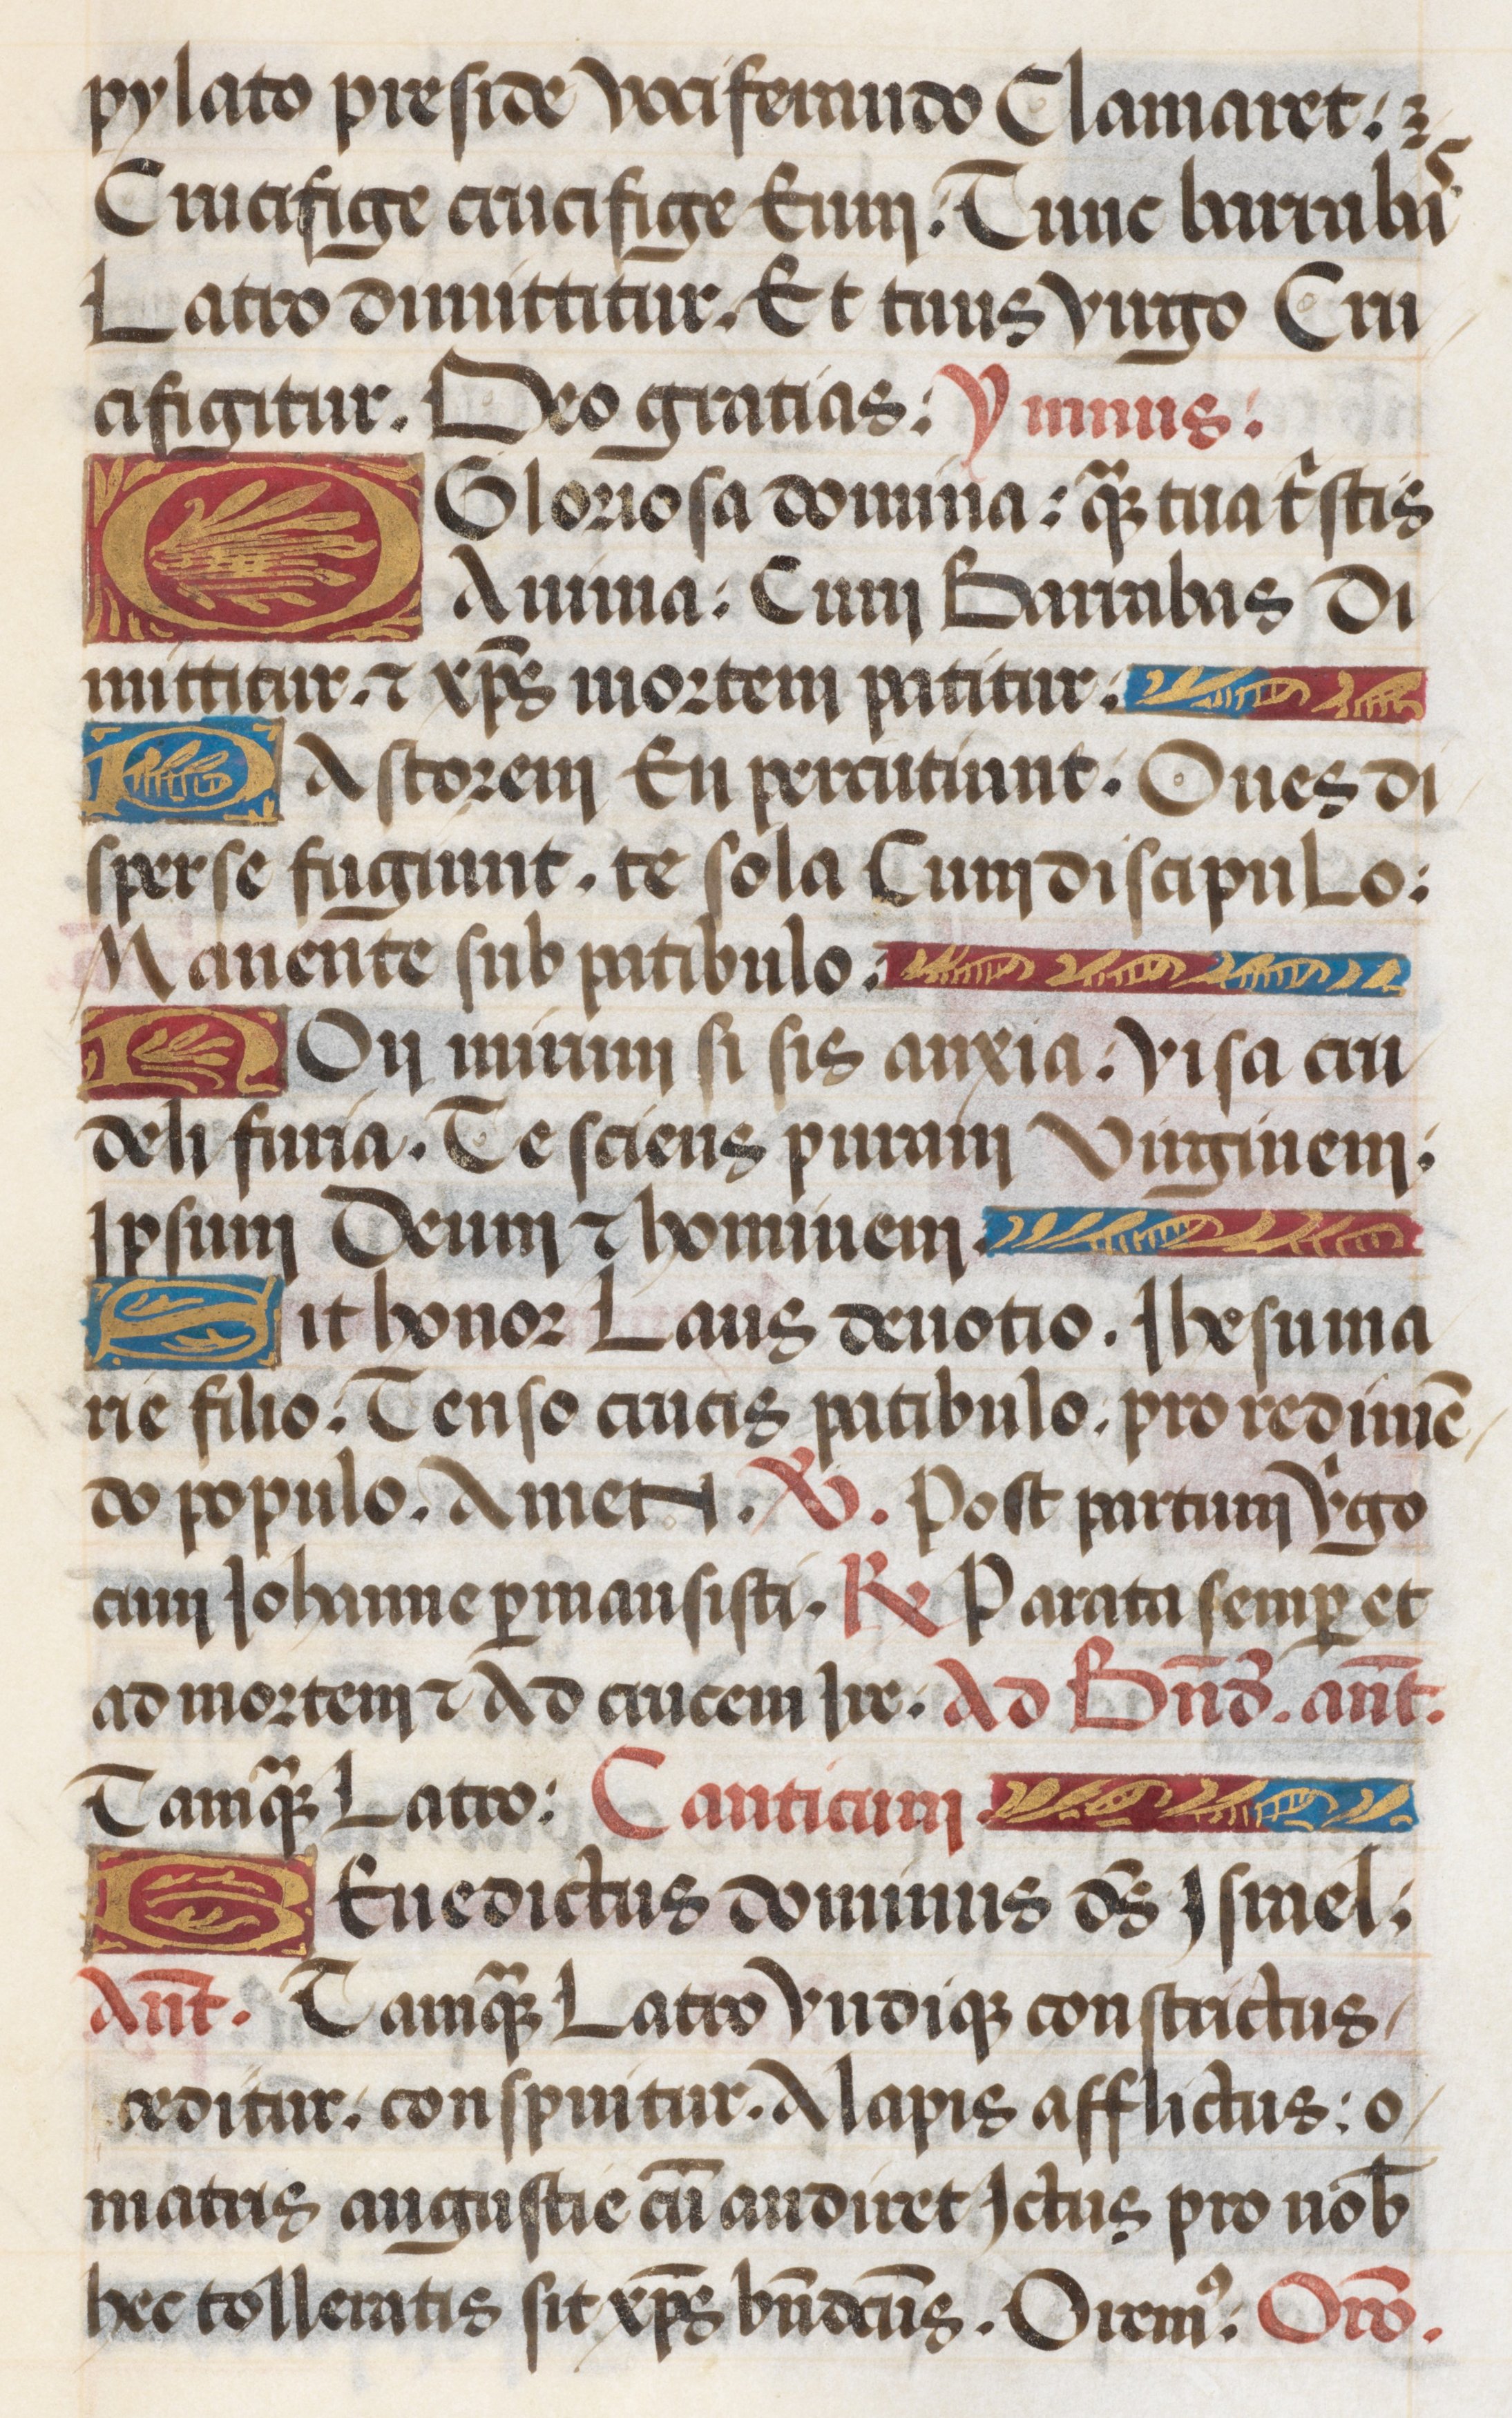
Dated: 1485–1515